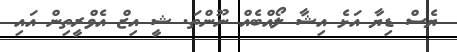
ޔެސް ޑިޔާ އަޅެ އިޝާ ލޯއްބެއް ނޫންތަ. ޝީ އިޒް އެވްރީތިން އައި